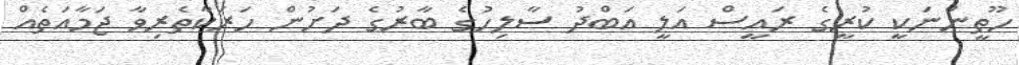
ހޫތީންނަކީ ކުރީގެ ރައީސް އަލީ އަބްދު ސާލިހުގެ ބާރުގެ ދަށުން ހަރަކާތެރިވާ ޖަމާއަތެއް